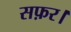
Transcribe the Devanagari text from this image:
सफ़र।